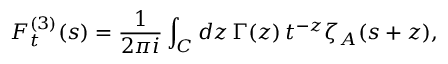
F _ { t } ^ { ( 3 ) } ( s ) = \frac { 1 } { 2 \pi i } \int _ { C } d z \, \Gamma ( z ) \, t ^ { - z } \zeta _ { A } ( s + z ) ,